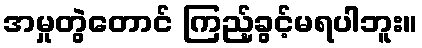
အမှုတွဲတောင် ကြည့်ခွင့်မရပါဘူး။